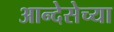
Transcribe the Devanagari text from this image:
आन्देसेच्या